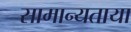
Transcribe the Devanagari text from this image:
सामान्यताया